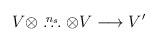
\begin{align*}V \otimes \stackrel{n_s}{\ldots } \otimes V\longrightarrow V' \end{align*}